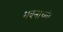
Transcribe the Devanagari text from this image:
भवनाच्यी